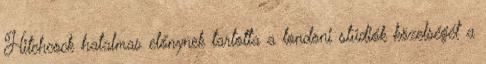
Hitchcock hatalmas előnynek tartotta a londoni stúdiók közelségét a